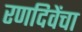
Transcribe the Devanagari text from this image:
रणदिवेंचा